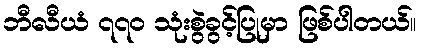
ဘီလီယံ ၇၇၀ သုံးစွဲခွင့်ပြုမှာ ဖြစ်ပါတယ်။